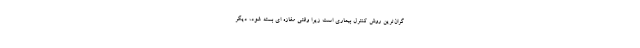
گران‌ترین روش کنترل بیماری است زیرا وقتی مغازه ای بسته شود، دیگر